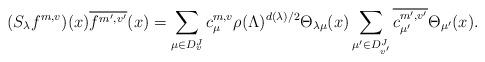
LaTeX: \begin{align*}(S_\lambda f^{m,v})(x) \overline{f^{m',v'}}(x)=\sum_{\mu\in D_v^J} c^{m,v}_\mu \rho(\Lambda)^{d(\lambda)/2}\Theta_{\lambda\mu}(x)\sum_{\mu'\in D_{v'}^J}\overline{c^{m',v'}_{\mu'}}\Theta_{\mu'}(x).\end{align*}